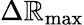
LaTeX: \Delta\mathbb{R}_{\mathrm{{max}}}